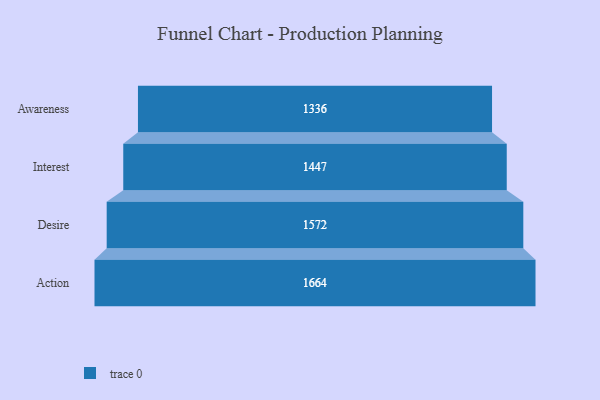
{"axis": {"x": "Stage", "y": "Value"}, "legend": [""], "data": [{"x": "Awareness", "y": 1336.0, "type": ""}, {"x": "Interest", "y": 1447.0, "type": ""}, {"x": "Desire", "y": 1572.0, "type": ""}, {"x": "Action", "y": 1664.0, "type": ""}]}